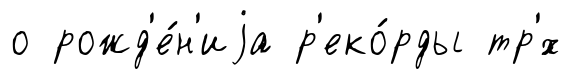
о рожд'е́н'иjа р'еко́рды тр'́х